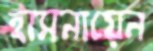
হাসনায়েন